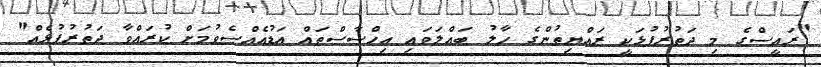
"ރައީސްގެ މި ދަތުރުފުޅަކީ ރައްޔިތުންގެ ހާލު ބައްލަވައި އިހްސާސްތައް އަޑުއެއްސެވުމަށް ކުރައްވާ ދަތުރުފުޅެއް"